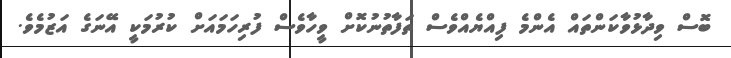
ބޮސް ވިދާޅުވާކަންތައް އެންމެ ފިއްޔެއްވެސް ތަފާތުނުކޮށް ވީހާވެސް ފުރިހަމައަށް ކުރުމަކީ އޭނަގެ އަޒުމެވެ.